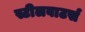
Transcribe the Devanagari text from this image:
स्टीलवाटर्स